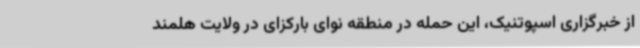
از خبرگزاری اسپوتنیک، این حمله در منطقه نوای بارکزای در ولایت هلمند